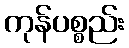
ကုန်ပစ္စည်း